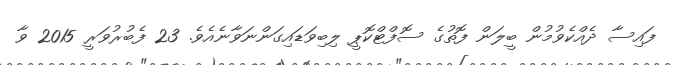
ފައިސާ ދެއްކެވުމުން ބީލަން ފޮތުގެ ސޮފްޓްކޮޕީ ލިބިވަޑައިގަންނަވާނެއެވެ. 23 ފެބުރުވަރީ 2015 ވާ